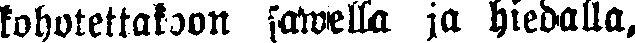
kohotettakoon sawella ja hiedalla,